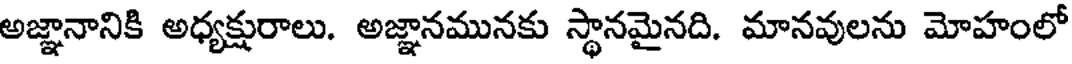
అజ్ఞానానికి అధ్యక్షురాలు. అజ్ఞానమునకు స్థానమైనది. మానవులను మోహంలో